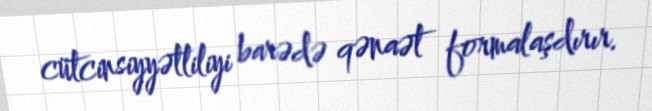
cütcinsiyyətliliyi barədə qənaət formalaşdırır.